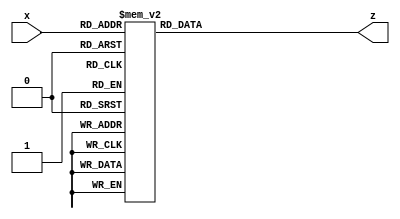
module hexTo7Seg(input [3:0]x, output reg [6:0]z);
always @(*)
	case(x)
		4'b0000 :			//Hexadecimal 0
		z = ~7'b0111111;
		4'b0001 :			//Hexadecimal 1
		z = ~7'b0000110;
		4'b0010 :			//Hexadecimal 2
		z = ~7'b1011011;
		4'b0011 : 			//Hexadecimal 3
		z = ~7'b1001111;
		4'b0100 : 			//Hexadecimal 4
		z = ~7'b1100110;
		4'b0101 : 			//Hexadecimal 5
		z = ~7'b1101101;
		4'b0110 : 			//Hexadecimal 6
		z = ~7'b1111101;
		4'b0111 :			//Hexadecimal 7
		z = ~7'b0000111;
		4'b1000 : 			//Hexadecimal 8
		z = ~7'b1111111;
		4'b1001 : 			//Hexadecimal 9
		z = ~7'b1100111;
		4'b1010 : 			//Hexadecimal A
		z = ~7'b1110111;
		4'b1011 : 			//Hexadecimal B
		z = ~7'b1111100;
		4'b1100 : 			//Hexadecimal C
		z = ~7'b1011000;
		4'b1101 : 			//Hexadecimal D
		z = ~7'b1011110;
		4'b1110 : 			//Hexadecimal E
		z = ~7'b1111001;
		4'b1111 : 			//Hexadecimal F	
		z = ~7'b1110001; 
		default :
		z = ~7'b0000000;
	endcase
endmodule